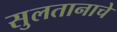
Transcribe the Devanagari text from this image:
सुलतानाचे